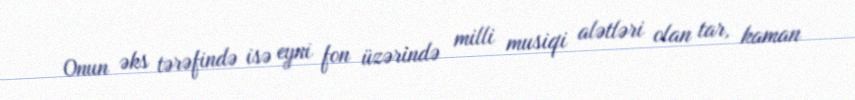
Onun əks tərəfində isə eyni fon üzərində milli musiqi alətləri olan tar, kaman